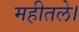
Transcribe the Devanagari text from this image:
महीतले।